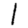
Digit: 1